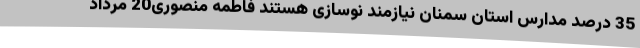
35 درصد مدارس استان سمنان نیازمند نوسازی هستند فاطمه منصوری20 مرداد